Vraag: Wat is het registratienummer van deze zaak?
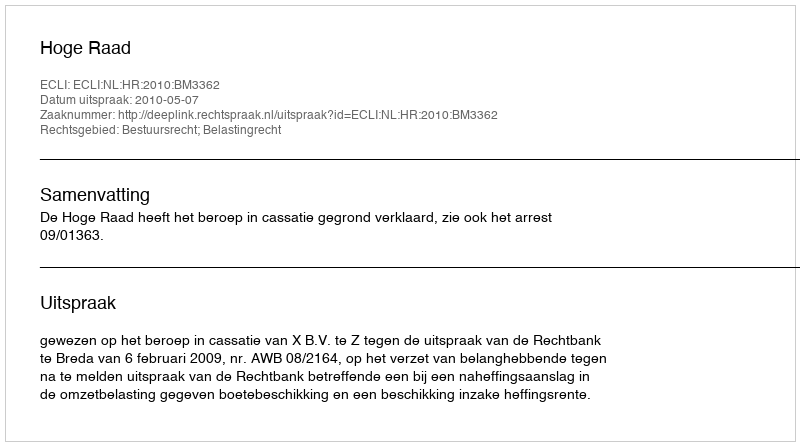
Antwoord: http://deeplink.rechtspraak.nl/uitspraak?id=ECLI:NL:HR:2010:BM3362